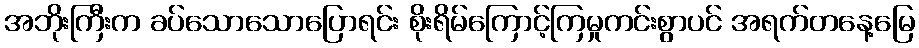
အဘိုးကြီးက ခပ်သောသောပြောရင်း စိုးရိမ်ကြောင့်ကြမှုကင်းစွာပင် အရက်တနေ့မြေ